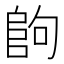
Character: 𱀉